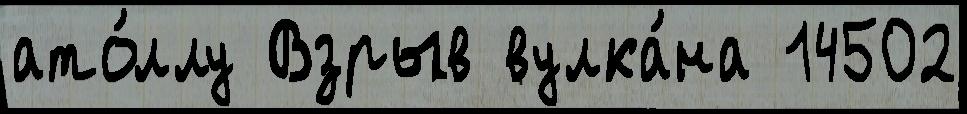
ато́ллу Взрыв вулка́на 14502